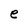
Character: e